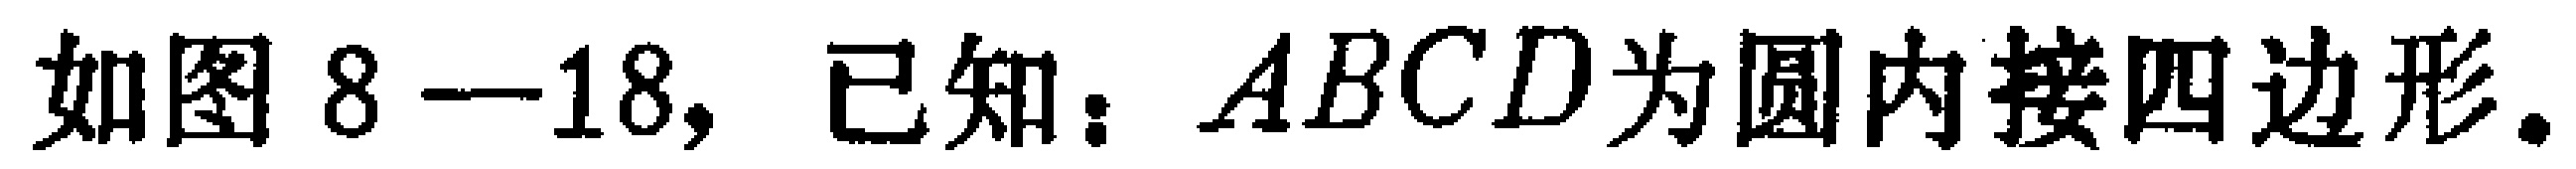
如图8—18, 已知：$ABCD$为圆内接四边形。